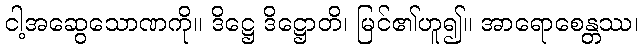
ငါ့အဆွေသောဏကို။ ဒိဋ္ဌေ ဒိဋ္ဌောတိ၊ မြင်၏ဟူ၍။ အာရောစေန္တဿ၊